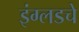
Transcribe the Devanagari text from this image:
इंग्लडचे